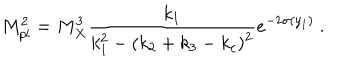
LaTeX: M _ { p l } ^ { 2 } = { M _ { X } ^ { 3 } } { \frac { k _ { 1 } } { \displaystyle { k _ { 1 } ^ { 2 } - ( k _ { 2 } + k _ { 3 } - k _ { c } ) ^ { 2 } } } } e ^ { - 2 \sigma ( y _ { 1 } ) } ~ . ~ \,